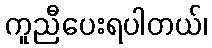
ကူညီပေးရပါတယ်၊